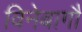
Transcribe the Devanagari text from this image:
विनेबागौ